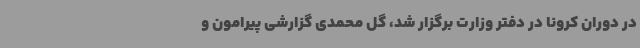
در دوران کرونا در دفتر وزارت برگزار شد، گل محمدی گزارشی پیرامون و